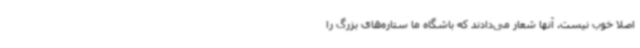
اصلا خوب نیست. آنها شعار می‌دادند که باشگاه ما ستاره‌های بزرگ را